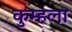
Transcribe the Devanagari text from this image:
कुम्हला